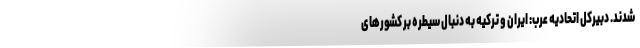
شدند. دبیرکل اتحادیه عرب: ایران و ترکیه به دنبال سیطره بر کشورهای